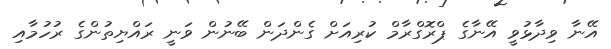
އޭނާ ވިދާޅުވީ އޭނާގެ ޕްރޮގްރާމް ކުރިއަށް ގެންދަން ބޭނުން ވަނީ ރައްޔިތުންގެ ރުހުމާއި